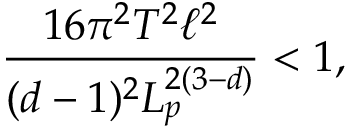
\frac { 1 6 \pi ^ { 2 } T ^ { 2 } \ell ^ { 2 } } { ( d - 1 ) ^ { 2 } L _ { p } ^ { 2 ( 3 - d ) } } < 1 ,